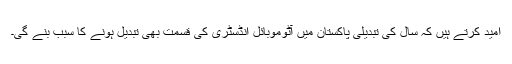
امید کرتے ہیں کہ سال کی تبدیلی پاکستان میں آٹوموبائل انڈسٹری کی قسمت بھی تبدیل ہونے کا سبب بنے گی۔